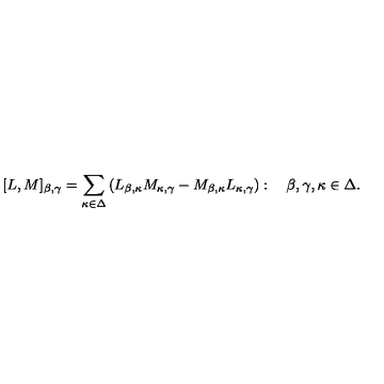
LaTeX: [ L , M ] _ { \beta , \gamma } = \sum _ { \kappa \in \Delta } \left( L _ { \beta , \kappa } M _ { \kappa , \gamma } - M _ { \beta , \kappa } L _ { \kappa , \gamma } \right) : \quad \beta , \gamma , \kappa \in \Delta .